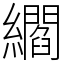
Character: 䌪